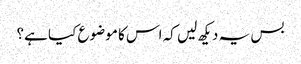
بس یہ دیکھ لیں کہ اس کا موضوع کیا ہے؟